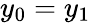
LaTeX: y_{0}=y_{1}